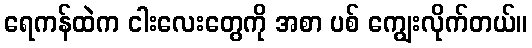
ရေကန်ထဲက ငါးလေးတွေကို အစာ ပစ် ကျွေးလိုက်တယ်။